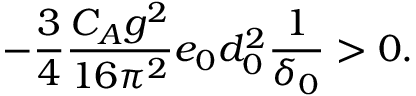
- \frac 3 4 \frac { C _ { A } g ^ { 2 } } { 1 6 \pi ^ { 2 } } e _ { 0 } d _ { 0 } ^ { 2 } \frac 1 { \delta _ { 0 } } > 0 .